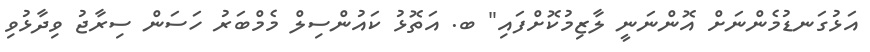
އަޅުގަނޑުމެންނަށް އޮންނަނީ ލާޒިމުކޮށްފައި" ބ. އަތޮޅު ކައުންސިލް މެމްބަރު ހަސަން ސިރާޖު ވިދާޅުވި